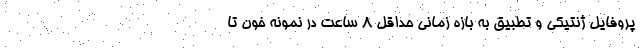
پروفایل ژنتیکی و تطبیق به بازه زمانی حداقل ۸ ساعت در نمونه خون تا